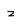
Character: z